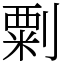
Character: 㔄